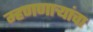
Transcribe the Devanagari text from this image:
म्हणणाऱ्यांचा